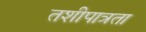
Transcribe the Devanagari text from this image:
तशीपात्रता